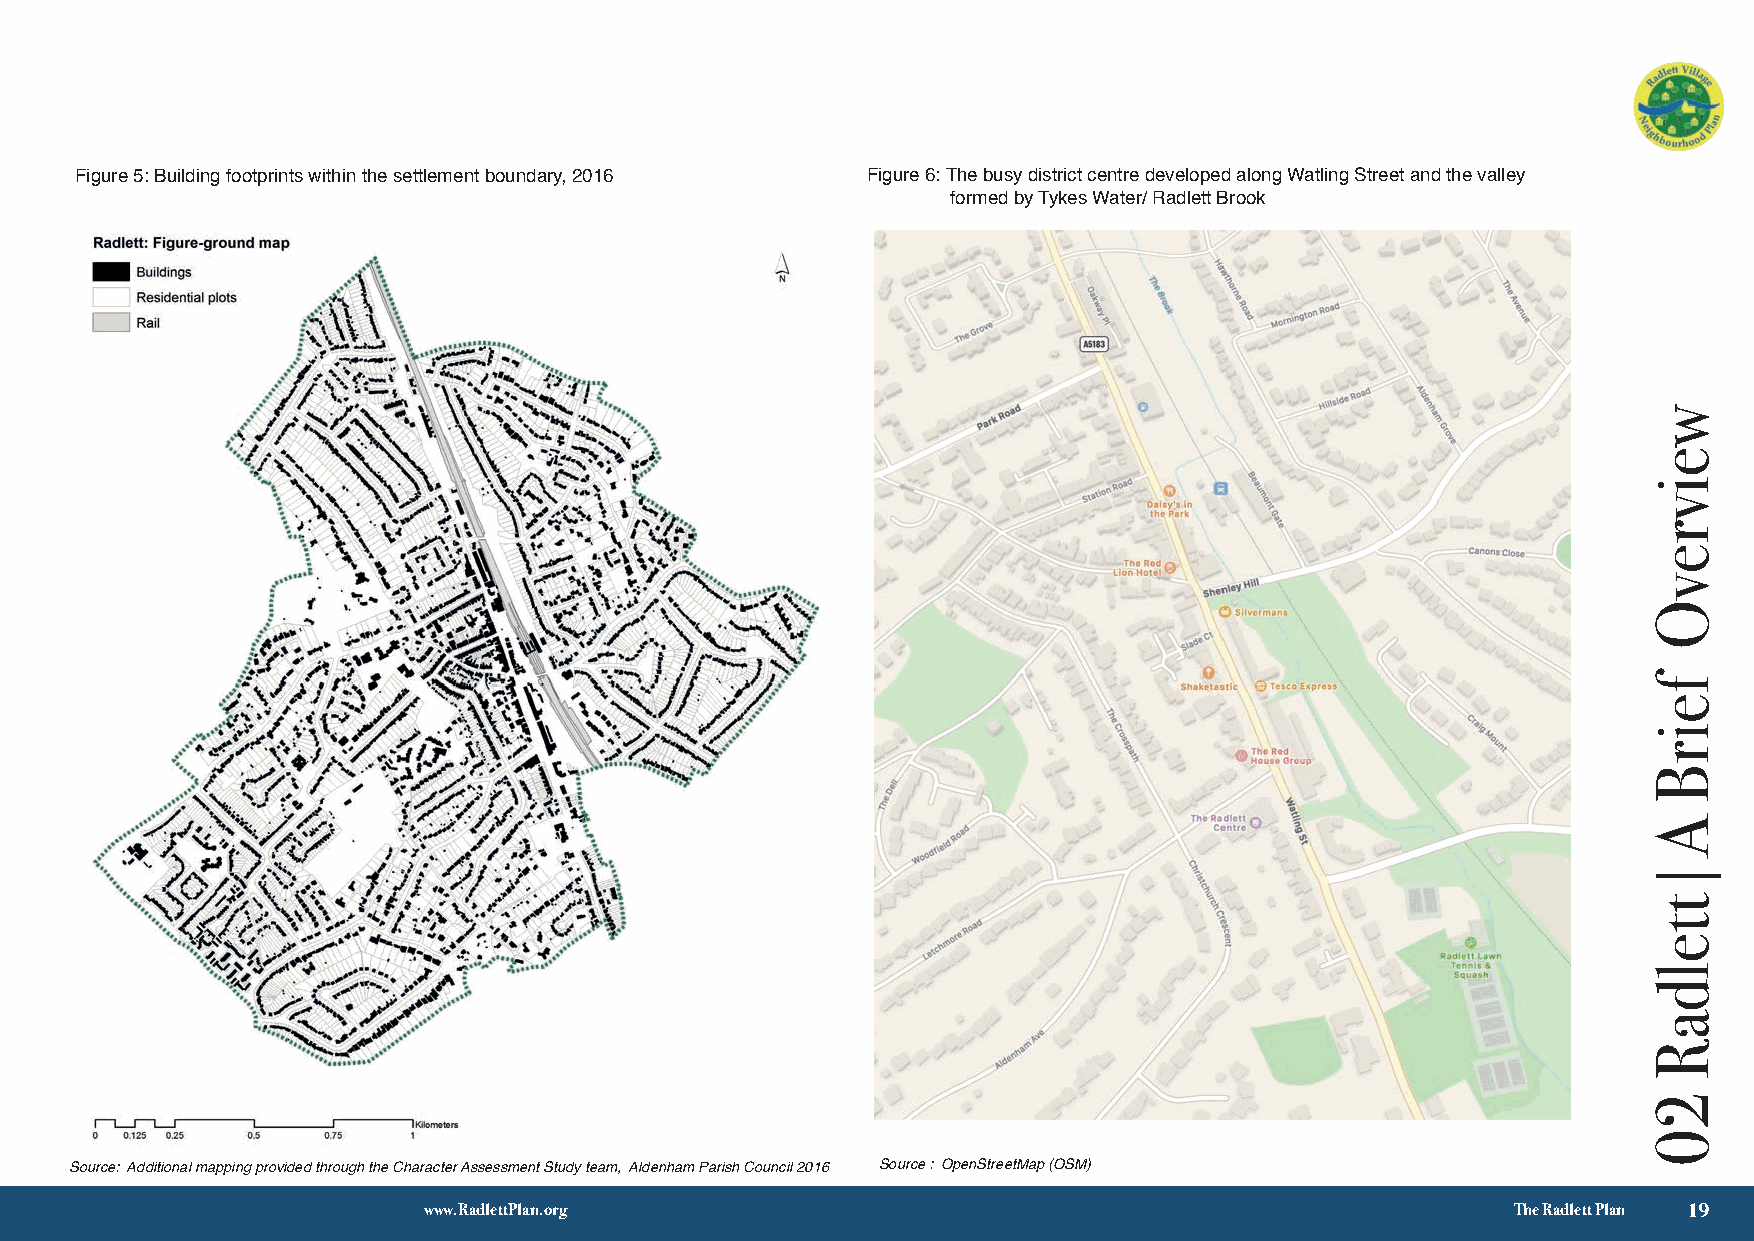
Figure 5: Building footprints within the settlement boundary, 2016 Figure 6: The busy district centre developed along Watling Street and the valley
 formed by Tykes Water/ Radlett Brook
 Source: Additional mapping provided through the Character Assessment Study team, Aldenham Parish Council 2016 Source : OpenStreetMap (OSM)
 √ 3
 www.RadlettPlan.org                                                     The Radlett Plan 19
 weivrevO
 feirB
 A|tteldaR
 20